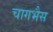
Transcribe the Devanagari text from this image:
चागभैस